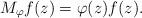
LaTeX: \begin{align*} M_\varphi f(z) = \varphi(z)f(z).\end{align*}